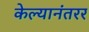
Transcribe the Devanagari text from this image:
केल्यानंतरर